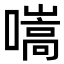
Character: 𡀢